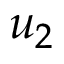
u _ { 2 }